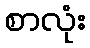
စာလုံး